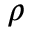
\rho